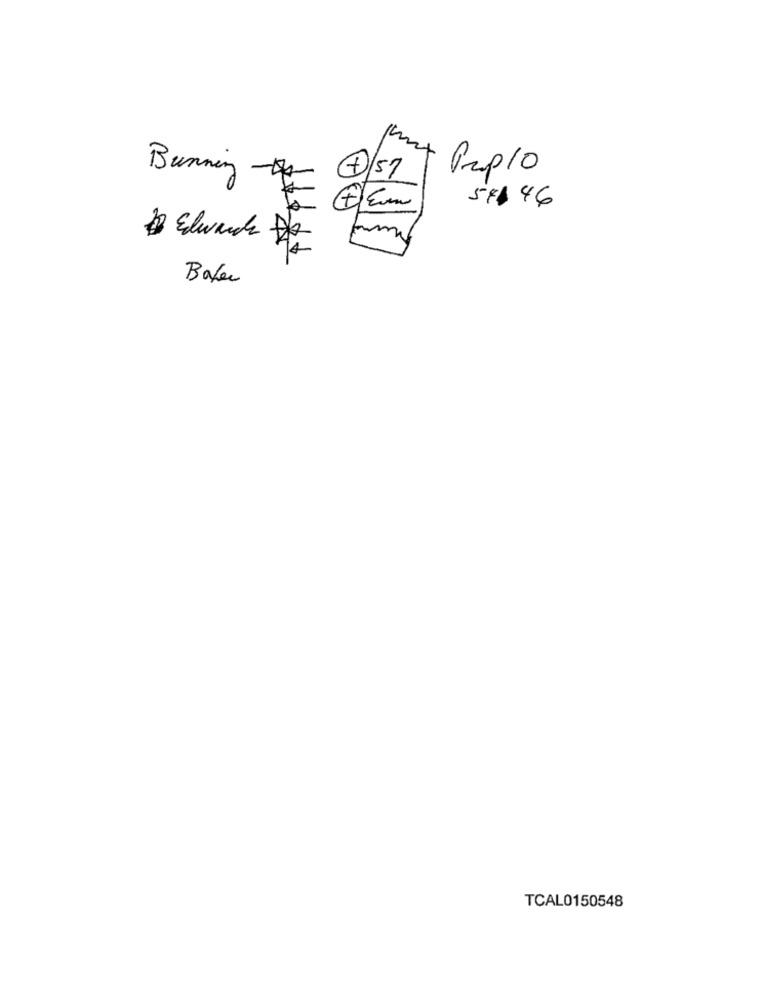
Burning
7/57
1g Pup/0
5#1 46
28 Elwack-
Baker
TCAL0150548